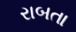
રાબતા